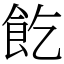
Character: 䬣